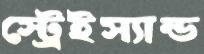
স্ট্রেইস্যান্ড